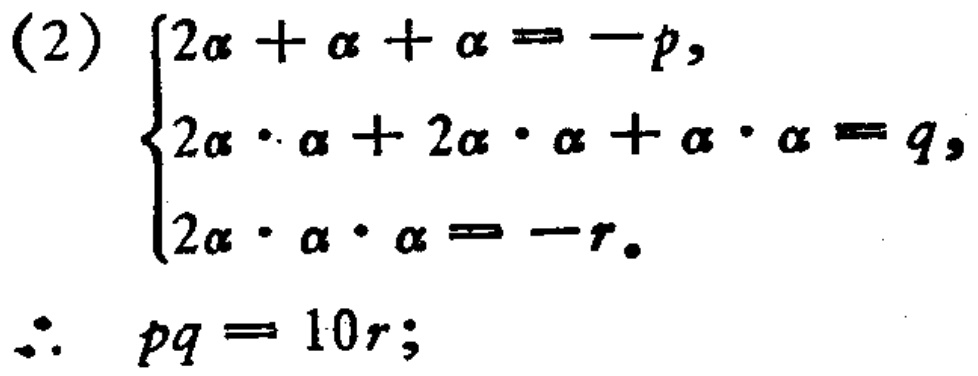
(2) \(\begin{cases}
2\alpha+\alpha+\alpha=-p,\\
2\alpha\cdot\alpha + 2\alpha\cdot\alpha+\alpha\cdot\alpha=q,\\
2\alpha\cdot\alpha\cdot\alpha=-r.
\end{cases}\)
\(\therefore\ pq = 10r;\)